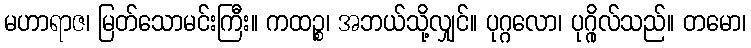
မဟာရာဇ၊ မြတ်သောမင်းကြီး။ ကထဉ္စ၊ အဘယ်သို့လျှင်။ ပုဂ္ဂလော၊ ပုဂ္ဂိုလ်သည်။ တမော၊